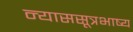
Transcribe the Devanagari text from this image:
न्याससूत्रभाष्य